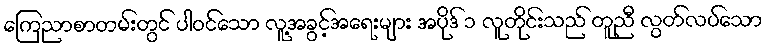
ကြေညာစာတမ်းတွင် ပါဝင်သော လူ့အခွင့်အရေးများ အပိုဒ် ၁ လူတိုင်းသည် တူညီ လွတ်လပ်သော